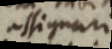
assignari